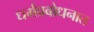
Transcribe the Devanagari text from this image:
धर्मप्रबोधनात